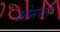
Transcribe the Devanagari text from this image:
ओसरले